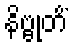
နိဗ္ဗုတိံ